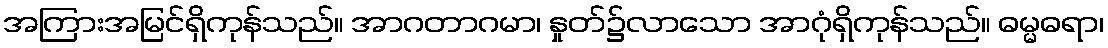
အကြားအမြင်ရှိကုန်သည်။ အာဂတာဂမာ၊ နှုတ်၌လာသော အာဂုံရှိကုန်သည်။ ဓမ္မဓရာ၊